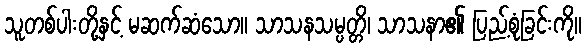
သူတစ်ပါးတို့နှင့် မဆက်ဆံသော။ သာသနသမ္ပတ္တိ၊ သာသနာ၏ ပြည့်စုံခြင်းကို။